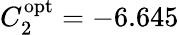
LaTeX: C_{2}^{\mathrm{{opt}}}=-6.645